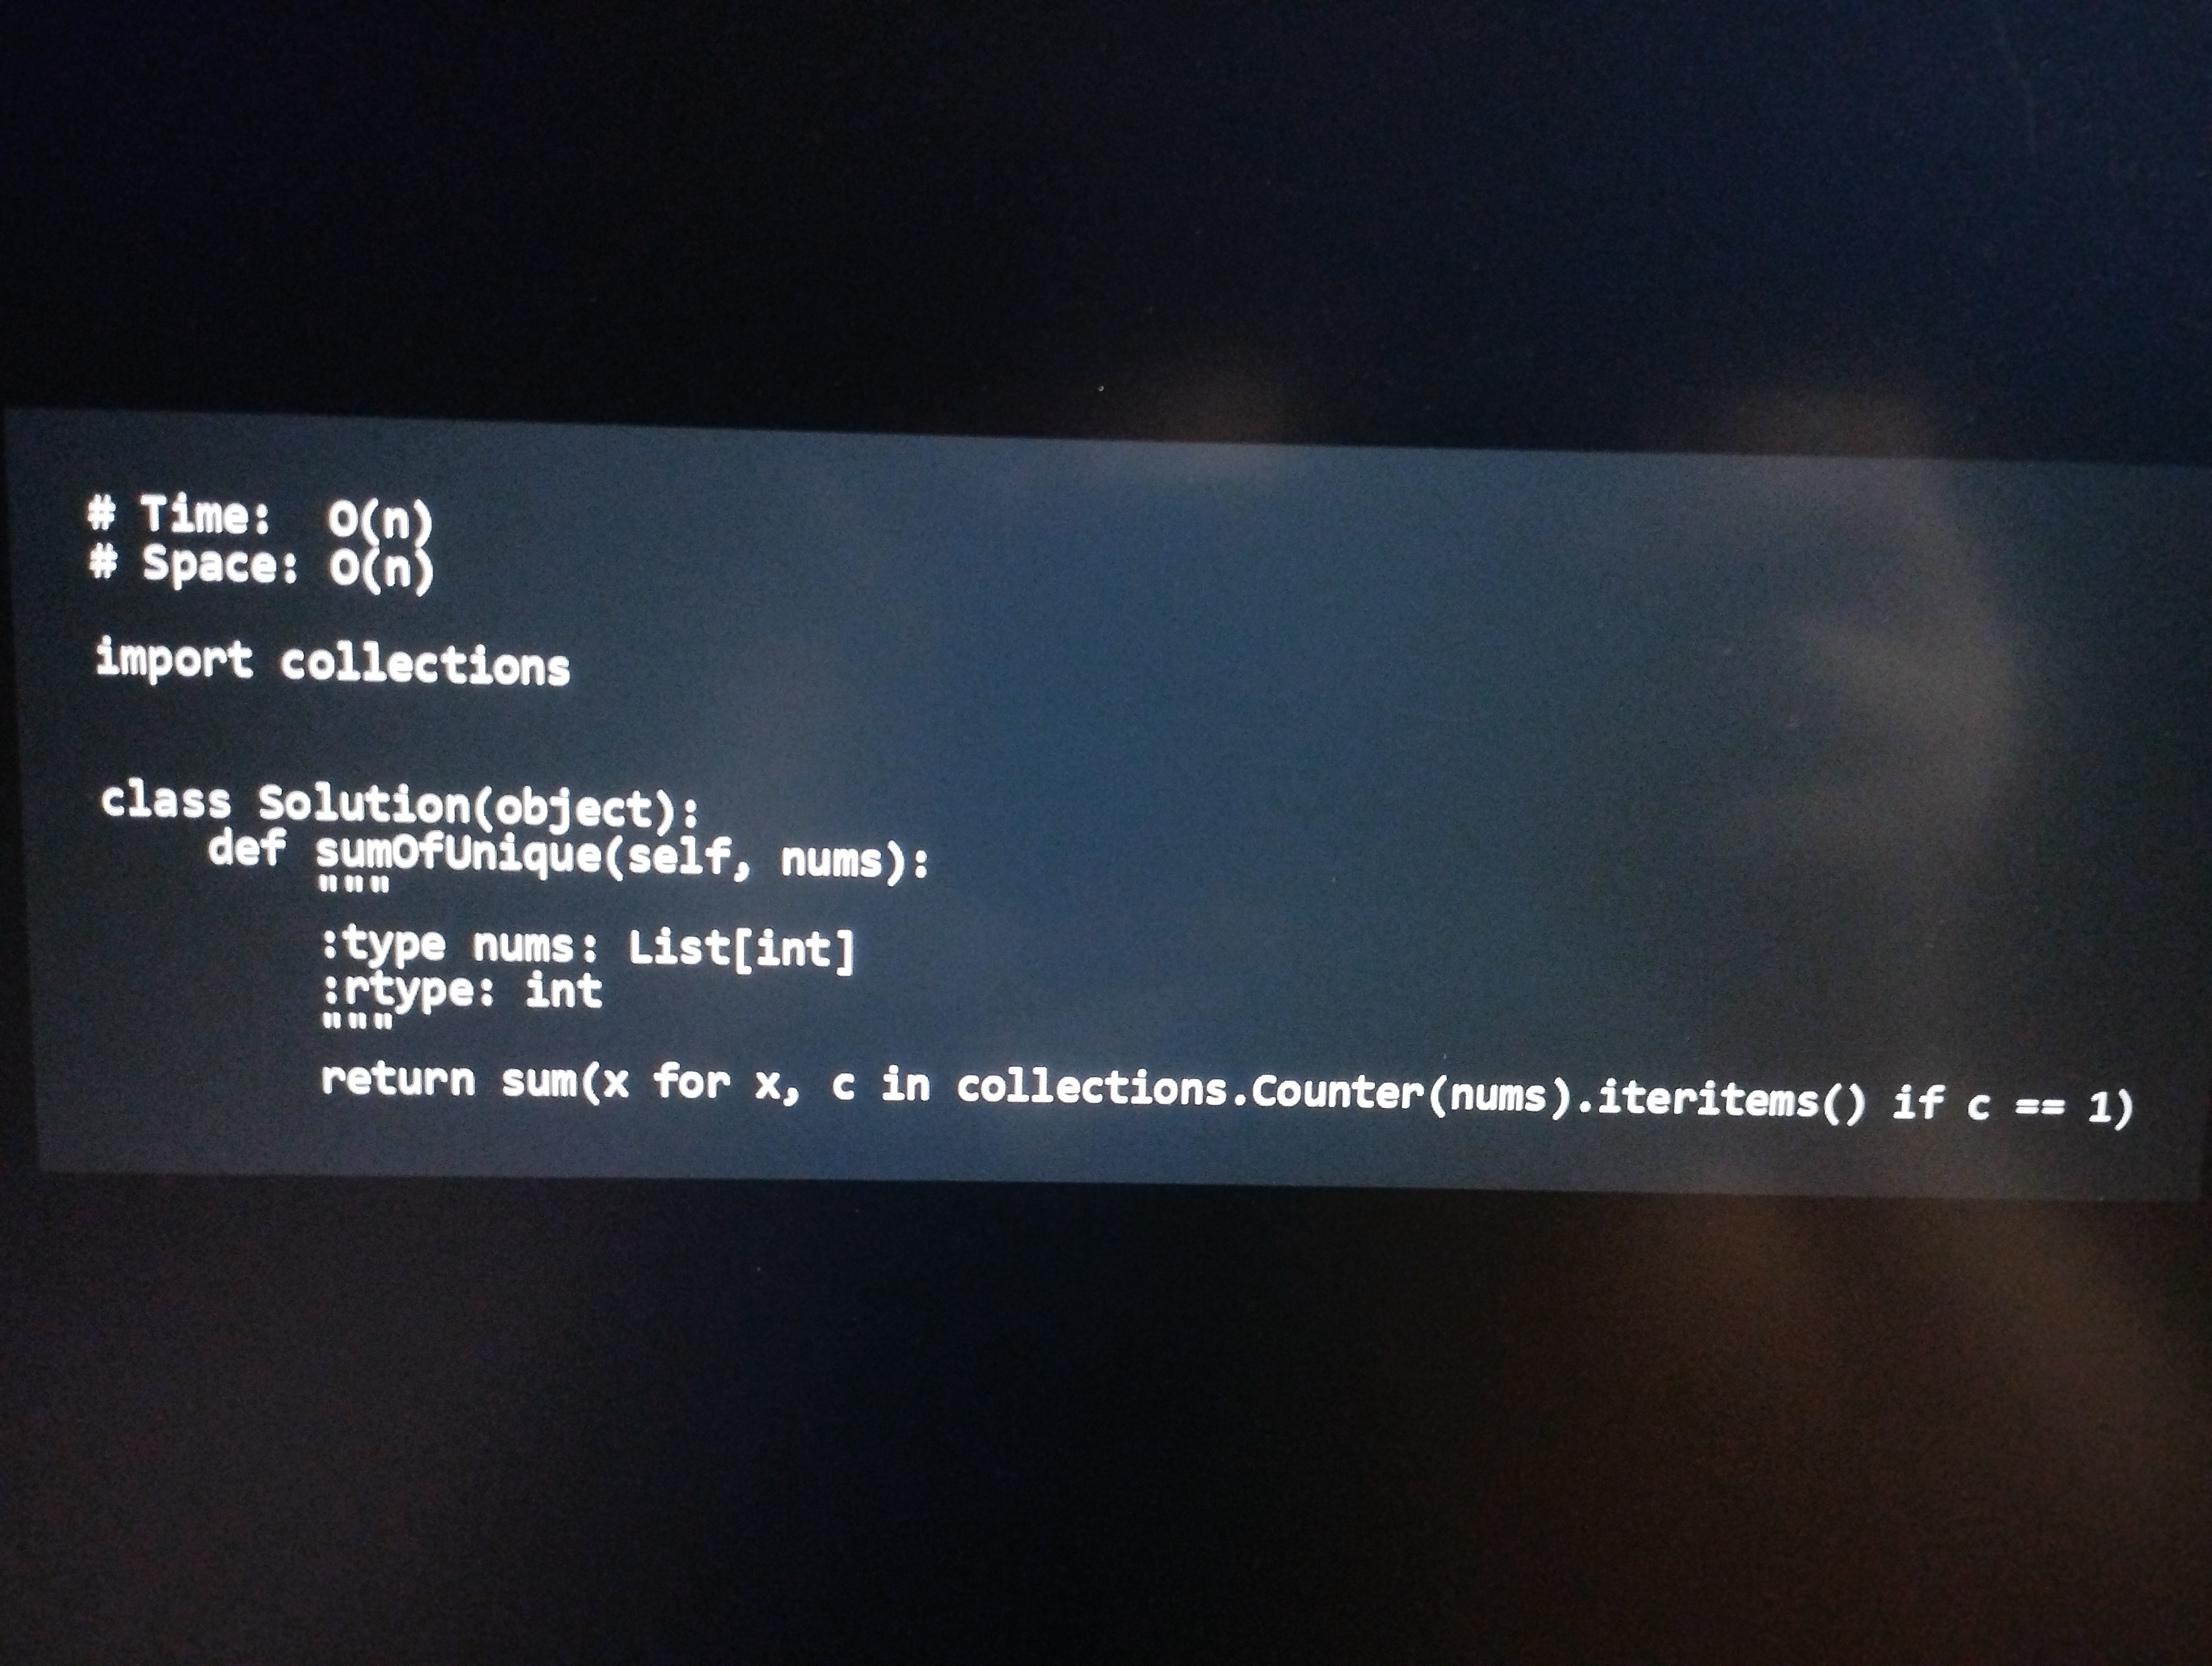
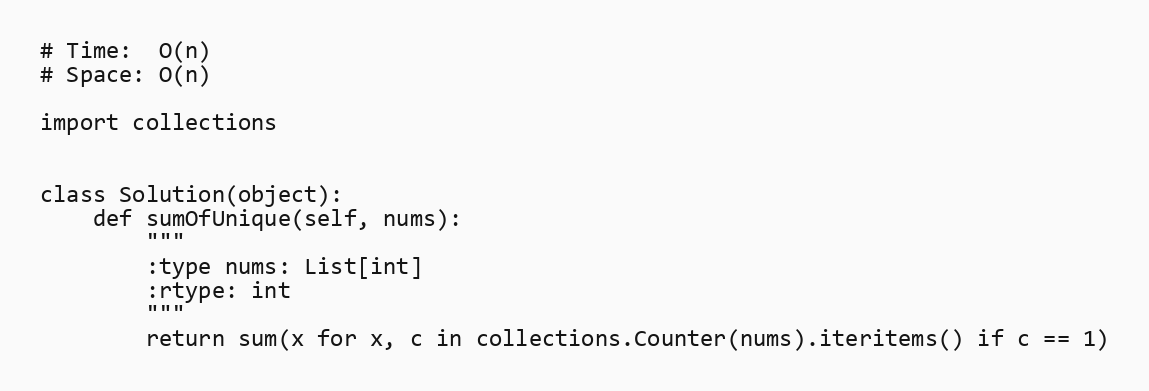
# Time:  O(n)
# Space: O(n)

import collections

class Solution(object):
    def sumOfUnique(self, nums):
        """
        :type nums: List[int]
        :rtype: int
        """
        return sum(x for x, c in collections.Counter(nums).iteritems() if c == 1)